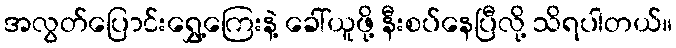
အလွတ်ပြောင်းရွှေ့ကြေးနဲ့ ခေါ်ယူဖို့ နီးစပ်နေပြီလို့ သိရပါတယ်။